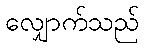
လျှောက်သည်